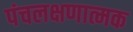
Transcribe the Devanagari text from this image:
पंचलक्षणात्मक